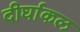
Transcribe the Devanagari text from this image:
दीर्घाकल